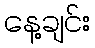
နေ့ချင်း